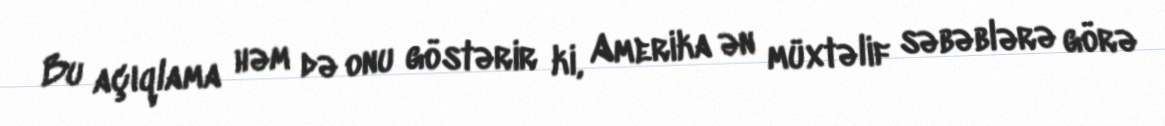
Bu açıqlama həm də onu göstərir ki, Amerika ən müxtəlif səbəblərə görə